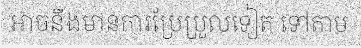
អាចនឹងមានការប្រែប្រួលទៀត ទៅតាម